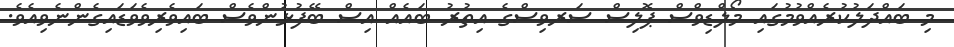
މި ބައްދަލުކުރެއްވުމުގައި މޯލްޑިވްސް ޕޮލިސް ސަރވިސްގެ އިތުރު ބައެއް އިސް ބޭފުޅުންވެސް ބައިވެރިވެވަޑައިގެންނެވިއެވެ.